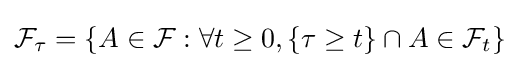
{\mathcal {F}}_{\tau }=\{A\in {\mathcal {F}}:\forall t\geq 0,\{\tau \geq t\}\cap A\in {\mathcal {F}}_{t}\}